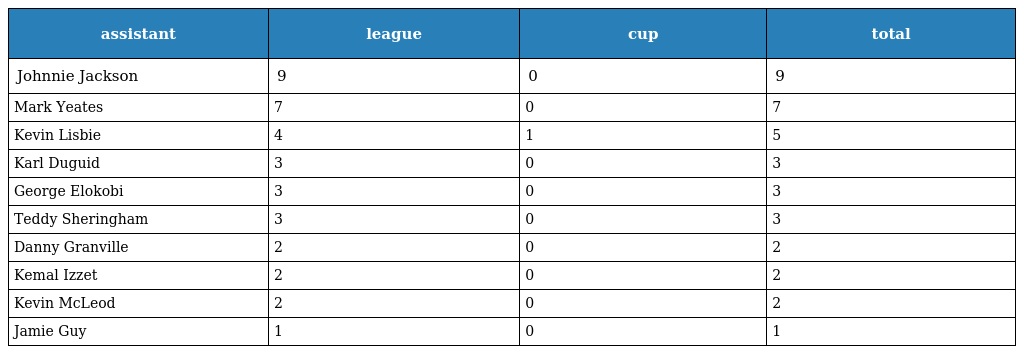
| assistant | league | cup | total |
 | --- | --- | --- | --- |
 | Johnnie Jackson | 9 | 0 | 9 |
 | Mark Yeates | 7 | 0 | 7 |
 | Kevin Lisbie | 4 | 1 | 5 |
 | Karl Duguid | 3 | 0 | 3 |
 | George Elokobi | 3 | 0 | 3 |
 | Teddy Sheringham | 3 | 0 | 3 |
 | Danny Granville | 2 | 0 | 2 |
 | Kemal Izzet | 2 | 0 | 2 |
 | Kevin McLeod | 2 | 0 | 2 |
 | Jamie Guy | 1 | 0 | 1 |